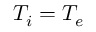
T _ { i } = T _ { e }